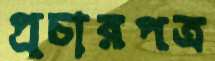
প্রচারপত্র